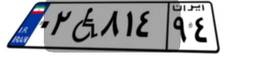
۰۲W۸۱۴۹۴